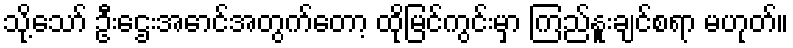
သို့သော် ဦးဌေးအောင်အတွက်တော့ ထိုမြင်ကွင်းမှာ ကြည်နူးချင်စရာ မဟုတ်။